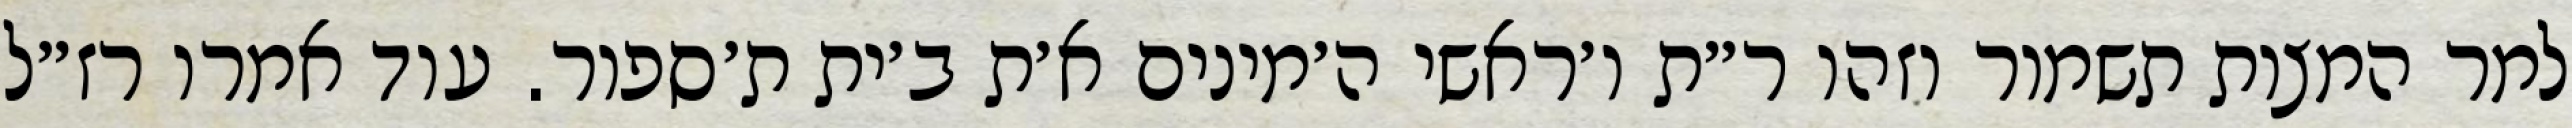
למר המצות תשמור וזהו ר״ת ו׳ראשי ה׳מינים א׳ת ב׳ית ת׳ספור. עוד אמרו רז״ל